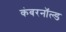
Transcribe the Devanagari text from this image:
कंबरनॉल्ड